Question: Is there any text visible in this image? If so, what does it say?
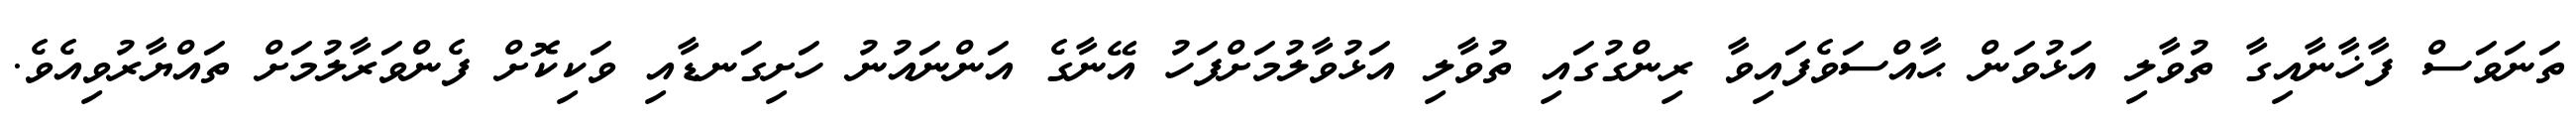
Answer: ތަނަވަސް ފާޚާނާއިގާ ތުވާލި އަޅުވަން ޙާއްސަވެފައިވާ ރިންގުގައި ތުވާލި އަޅުވާލުމަށްފަހު އޭނާގެ އަންނައުނު ހަށިގަނޑާއި ވަކިކޮށް ފެންވަރާލުމަށް ތައްޔާރުވިއެވެ.